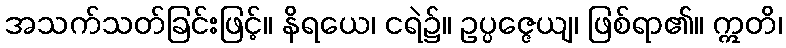
အသက်သတ်ခြင်းဖြင့်။ နိရယေ၊ ငရဲ၌။ ဥပ္ပဇ္ဇေယျ၊ ဖြစ်ရာ၏။ ဣတိ၊